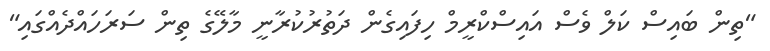
"ތިން ބައިސް ކަލް ވެސް އައިސްކްރީމް ހިފައިގެން ދަތުރުކުރާނީ މާލޭގެ ތިން ސަރަހައްދެއްގައި"